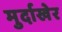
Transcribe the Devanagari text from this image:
मुर्दाखेर